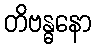
တိဗန္ဓနော